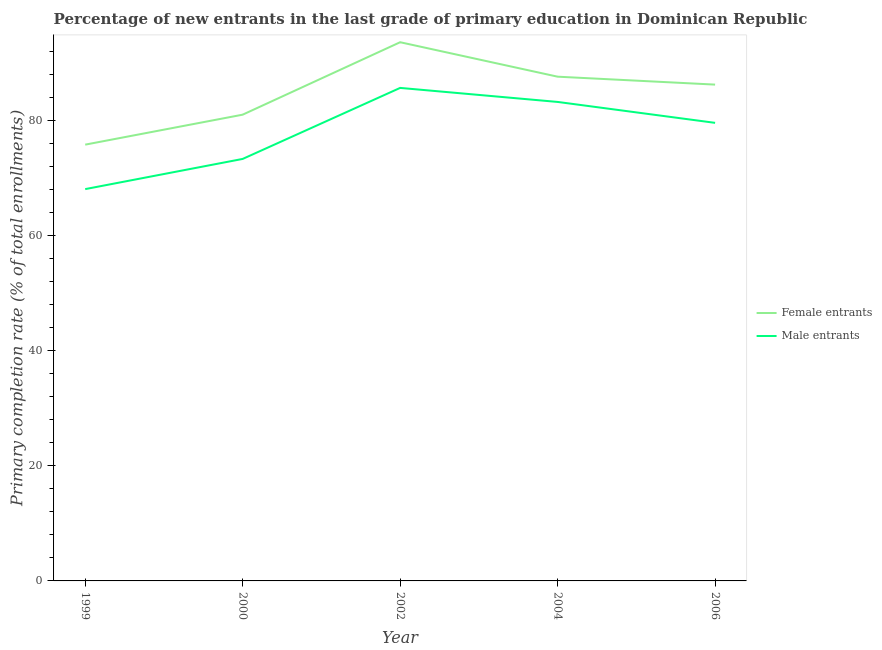
| Year | Female entrants | Male entrants |
 | --- | --- | --- |
 | 1999 | 75.8 | 68.1 |
 | 2000 | 81 | 73.3 |
 | 2002 | 93.6 | 85.7 |
 | 2004 | 87.6 | 83.2 |
 | 2006 | 86.2 | 79.6 |